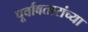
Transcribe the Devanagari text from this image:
पूर्वावतारांच्या